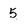
Character: 5